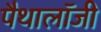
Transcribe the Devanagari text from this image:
पैथालॉजी